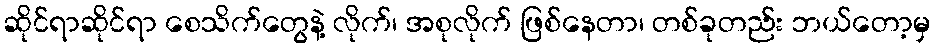
ဆိုင်ရာဆိုင်ရာ စေသိက်တွေနဲ့ လိုက်၊ အစုလိုက် ဖြစ်နေတာ၊ တစ်ခုတည်း ဘယ်တော့မှ